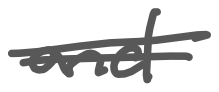
Text: and
Cross-out: double-line
Writing tool: digital_gray